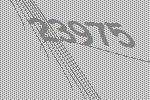
23975